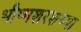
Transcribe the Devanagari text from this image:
भीष्मशरशय्या